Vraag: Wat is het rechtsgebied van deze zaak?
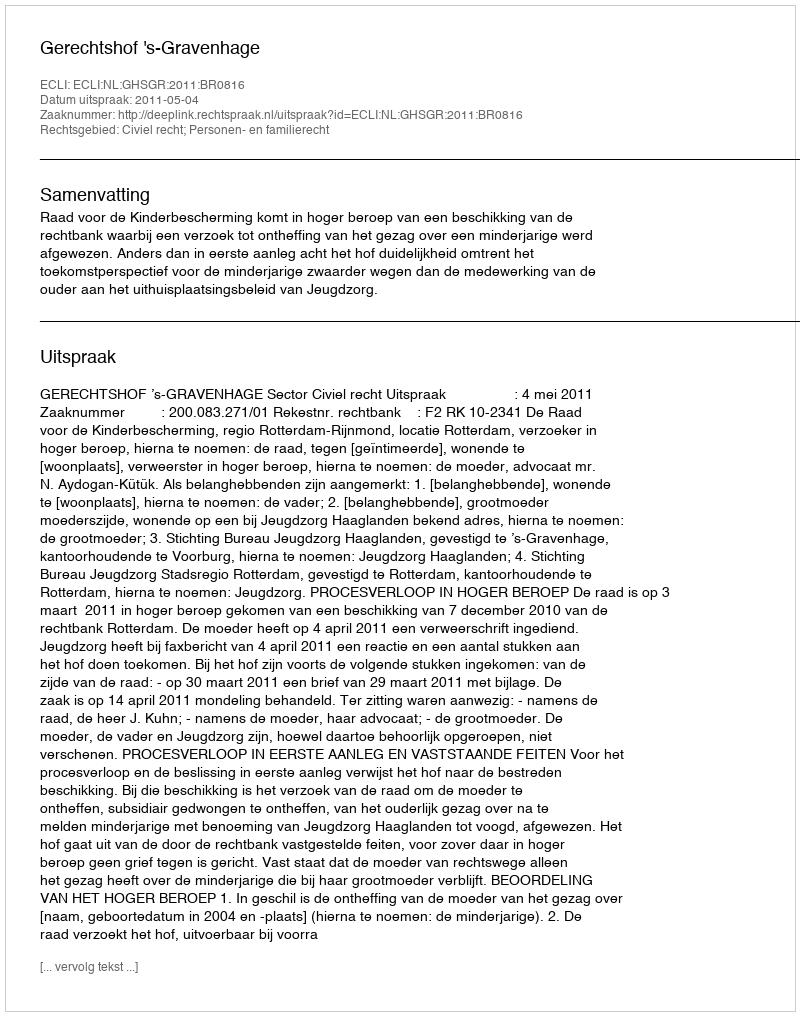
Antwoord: Civiel recht; Personen- en familierecht